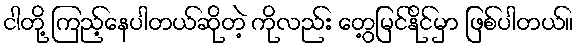
ငါတို့ ကြည့်နေပါတယ်ဆိုတဲ့ ကိုလည်း တွေ့မြင်နိုင်မှာ ဖြစ်ပါတယ်။